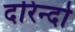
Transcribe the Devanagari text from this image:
दरिन्‍दो